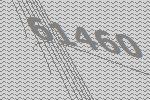
61460